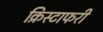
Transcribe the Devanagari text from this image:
क्रिस्टाफरी